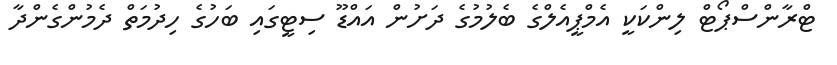
ޓްރާންސްޕޯޓް ލިންކަކީ އެމްޕީއެލްގެ ބެލުމުގެ ދަށުން އައްޑޫ ސިޓީގައި ބަހުގެ ހިދުމަތް ދެމުންގެންދާ